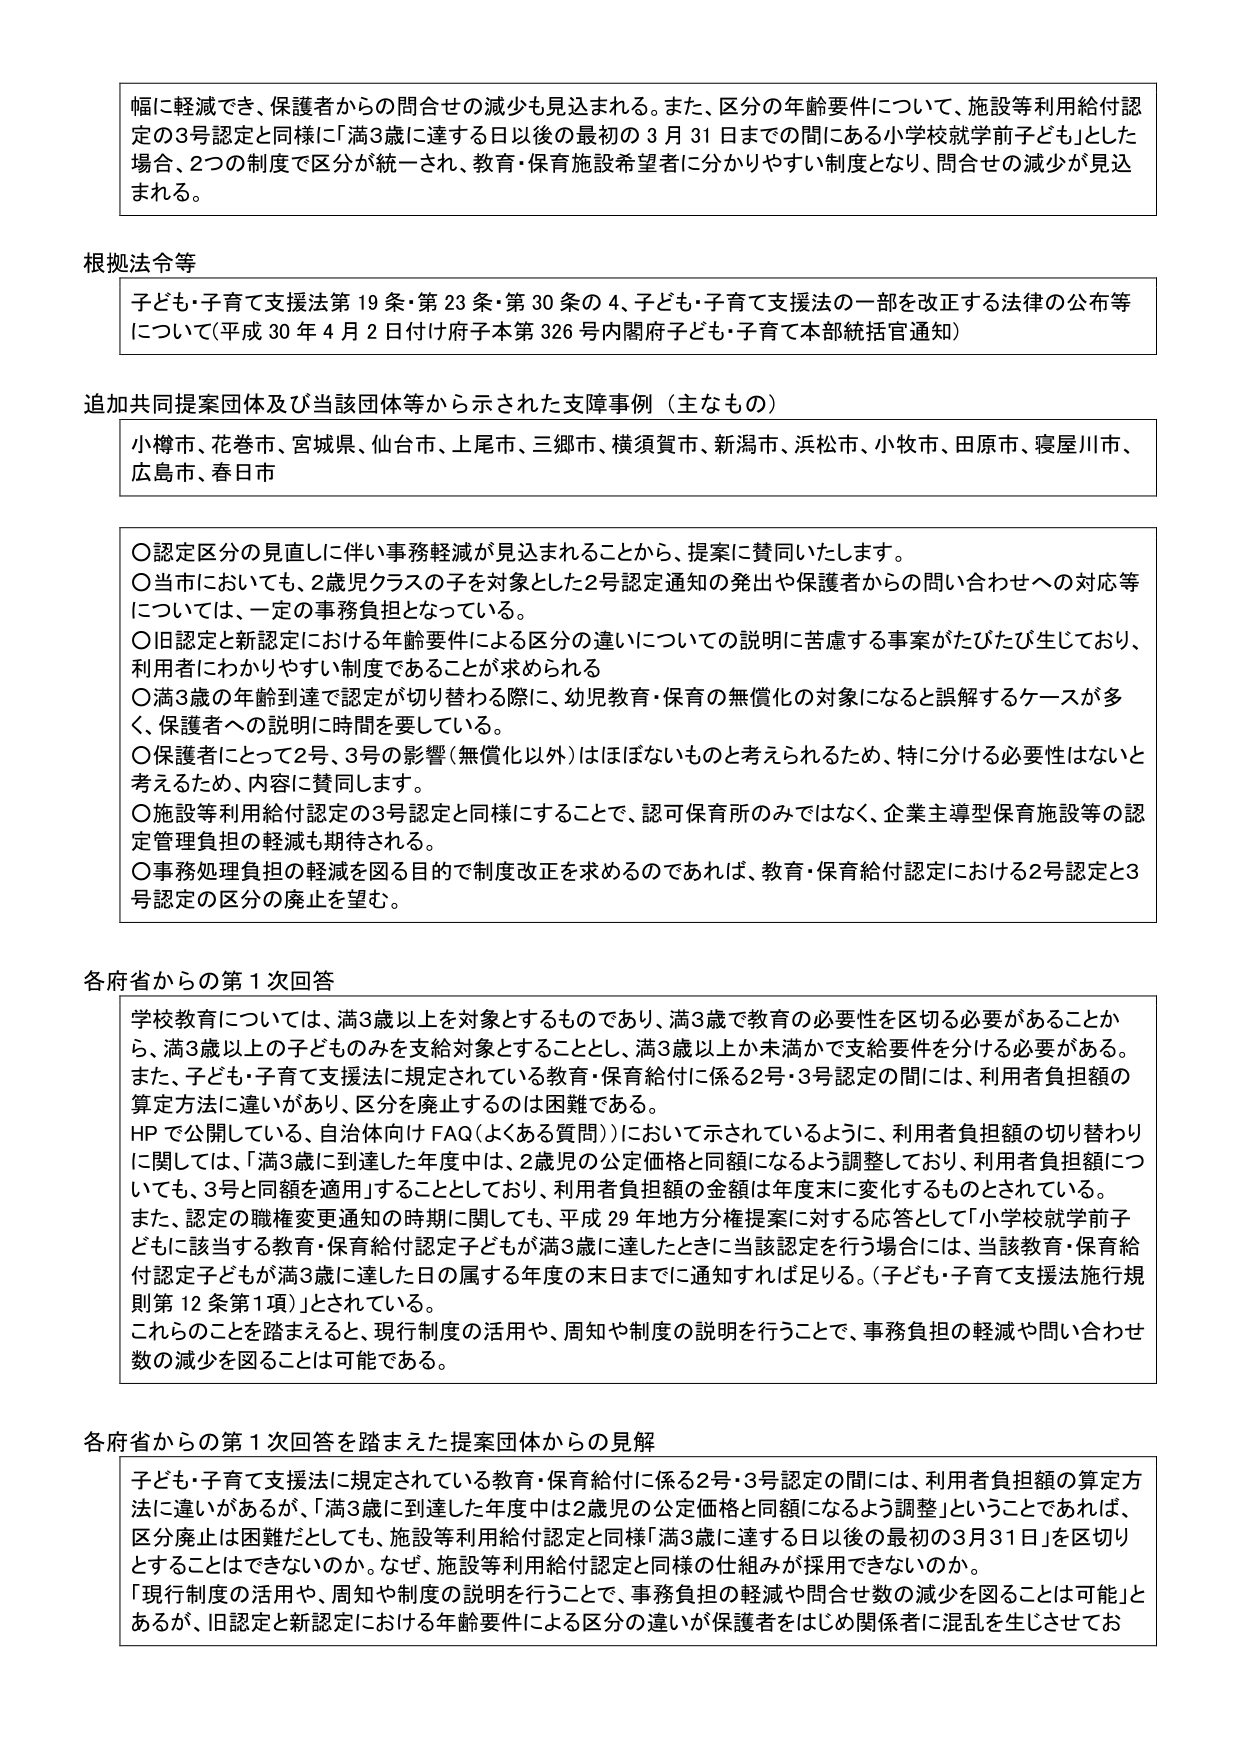
幅に軽減でき、保護者からの問合せの減少も見込まれる。また、区分の年齢要件について、施設等利用給付認定の3号認定と同様に「満3歳に達する日以後の最初の3月31日までの間にある小学校就学前子ども」とした場合、2つの制度で区分が統一され、教育・保育施設希望者に分かりやすい制度となり、問合せの減少が見込まれる。

根拠法令等
子ども・子育て支援法第19条・第23条・第30条の4、子ども・子育て支援法の一部を改正する法律の公布等について（平成30年4月2日付け府子本第326号内閣府子ども・子育て本部統括官通知）

追加共同提案団体及び当該団体等から示された支援事例（主なもの）
小樽市、花巻市、宮城県、仙台市、上尾市、三郷市、横須賀市、新潟市、浜松市、小牧市、田原市、寝屋川市、広島市、春日市

〇認定区分の見直しに伴い事務軽減が見込まれることから、提案に賛同いたします。
〇当市においても、2歳児クラスの子を対象とした2号認定通知の発出や保護者からの問い合わせへの対応等については、一定の事務負担となっている。
〇旧認定と新認定における年齢要件による区分の違いについての説明に苦慮する事案がたびたび生じており、利用者にわかりやすい制度であることが求められる
〇満3歳の年齢到達で認定が切り替わる際に、幼児教育・保育の無償化の対象になると誤解するケースが多く、保護者への説明に時間を要している。
〇保護者にとって2号、3号の影響（無償化以外）はほぼないものと考えられるため、特に分ける必要性はないと考えるため、内容に賛同します。
〇施設等利用給付認定の3号認定と同様にすることで、認可保育所のみではなく、企業主導型保育施設等の認定管理負担の軽減も期待される。
〇事務処理負担の軽減を図る目的で制度改正を求めるのであれば、教育・保育給付認定における2号認定と3号認定の区分の廃止を望む。

各府省からの第1次回答
学校教育については、満3歳以上を対象とするものであり、満3歳で教育の必要性を区切る必要があることから、満3歳以上の子どものみを支給対象とすることとし、満3歳以上か未満かで支給要件を分ける必要がある。また、子ども・子育て支援法に規定されている教育・保育給付に係る2号・3号認定の間には、利用者負担額の算定方法に違いがあり、区分を廃止するのは困難である。
HPで公開している、自治体向けFAQ（よくある質問）において示されているように、利用者負担額の切り替わりに関しては、「満3歳に到達した年度中は、2歳児の公定価格と同額になるよう調整しており、利用者負担額についても、3号と同額を適用」することとしており、利用者負担額の金額は年度末に変化するものとされている。
また、認定の職権変更通知の時期に関しても、平成29年地方分権提案に対する応答として「小学校就学前子どもに該当する教育・保育給付認定子どもが満3歳に達したときに当該認定を行う場合には、当該教育・保育給付認定子どもが満3歳に達した日の属する年度の末日までに通知すれば足りる。（子ども・子育て支援法施行規則第12条第1項）」とされている。
これらのこと踏まえると、現行制度の活用や、周知や制度の説明を行うことで、事務負担の軽減や問い合わせ数の減少を図ることは可能である。

各府省からの第1次回答を踏まえた提案団体からの見解
子ども・子育て支援法に規定されている教育・保育給付に係る2号・3号認定の間には、利用者負担額の算定方法に違いがあるが、「満3歳に到達した年度中は2歳児の公定価格と同額になるよう調整」ということであれば、区分廃止は困難だとしても、施設等利用給付認定と同様「満3歳に達する日以後の最初の3月31日」を区切りとすることはできないのか。なぜ、施設等利用給付認定と同様の仕組みが採用できないのか。
「現行制度の活用や、周知や制度の説明を行うことで、事務負担の軽減や問合せ数の減少を図ることは可能」とあるが、旧認定と新認定における年齢要件による区分の違いが保護者をはじめ関係者に混乱を生じさせてお